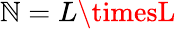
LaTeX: \mathbb{N}=L\timesL